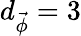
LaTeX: d_{\vec{\phi}}=3